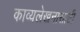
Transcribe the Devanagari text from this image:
काव्यलेखनासाठी